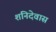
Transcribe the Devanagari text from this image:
शनिदेवास